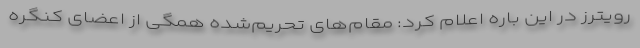
رویترز در این باره اعلام کرد: مقام‌های تحریم‌شده همگی از اعضای کنگره